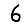
Digit: 6